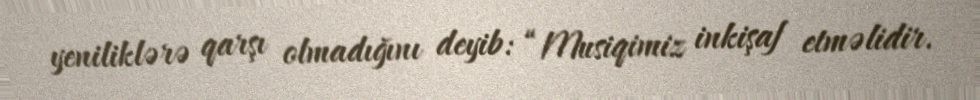
yeniliklərə qarşı olmadığını deyib: “Musiqimiz inkişaf etməlidir.